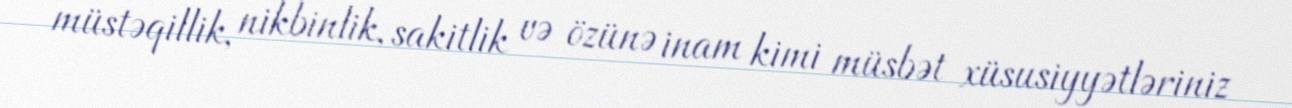
müstəqillik, nikbinlik, sakitlik və özünə inam kimi müsbət xüsusiyyətləriniz